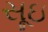
સૂઇ